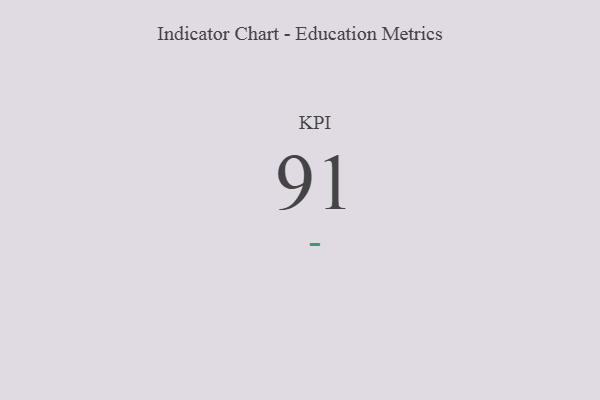
{"axis": {"x": "KPI", "y": "Value"}, "legend": [""], "data": [{"x": "KPI", "y": 91, "type": ""}]}